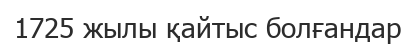
1725 жылы қайтыс болғандар